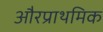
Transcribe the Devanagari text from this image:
औरप्राथमिक